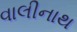
વાલીનાથ